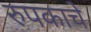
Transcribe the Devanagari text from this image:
रुपकाचे